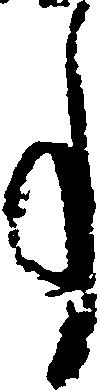
事